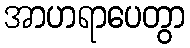
အာဟရာပေတွာ